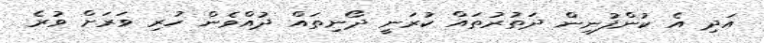
އަދި އެ ކުންފުނިން ދަތުރުތައް ކުރަނީ ދޯނިތައް ދުއްވެން ހުރި ވަރަށް ވުރެ